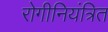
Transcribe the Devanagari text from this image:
रोगीनियंत्रित